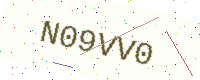
Text: N09VV0